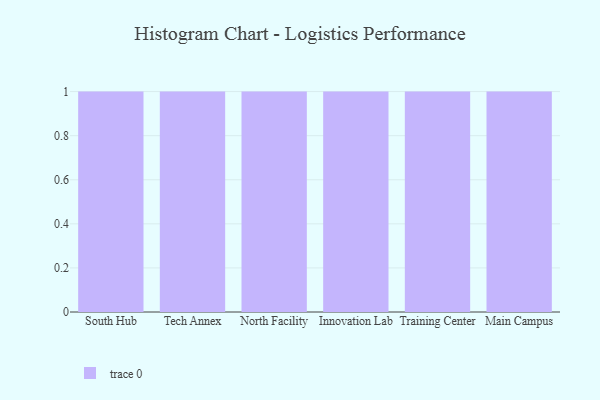
{"axis": {"x": "Campus", "y": "Inventory Turnover"}, "legend": [""], "data": [{"x": "South Hub", "y": 59, "type": ""}, {"x": "Tech Annex", "y": 81, "type": ""}, {"x": "North Facility", "y": 79, "type": ""}, {"x": "Innovation Lab", "y": 77, "type": ""}, {"x": "Training Center", "y": 97, "type": ""}, {"x": "Main Campus", "y": 39, "type": ""}]}